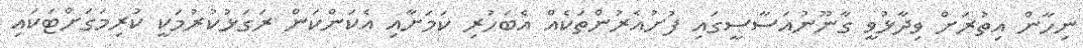
ނިހާން އިތުރަށް ވިދާޅުވީ ގާނޫނުއަސާސީގައި ފުށުއެރުންތަކެއް އެބަހުރި ކަމަށާއި އެކަންކަން ރަގަޅުކުރުމަކީ ކުރިމަގަށްޓަކައި